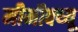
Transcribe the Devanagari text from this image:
मीमीक्य्यू